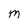
Character: m